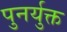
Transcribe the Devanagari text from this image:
पुनर्युक्त